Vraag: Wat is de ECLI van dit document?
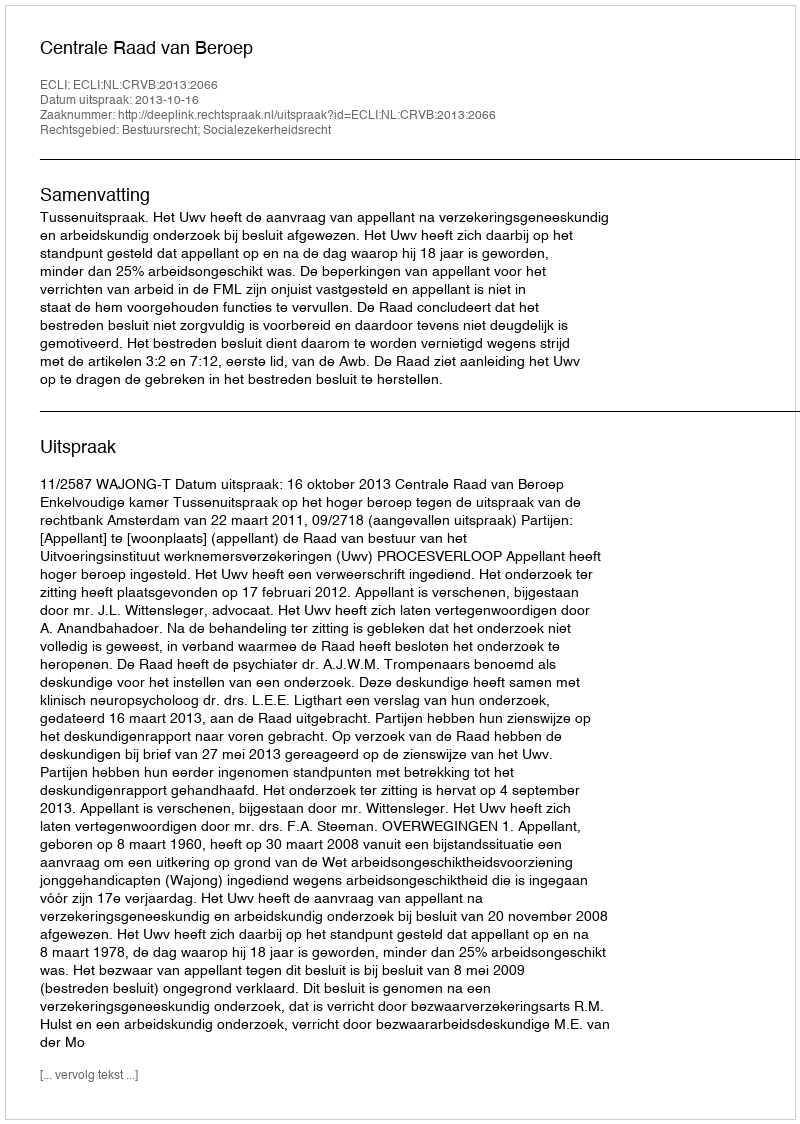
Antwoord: ECLI:NL:CRVB:2013:2066